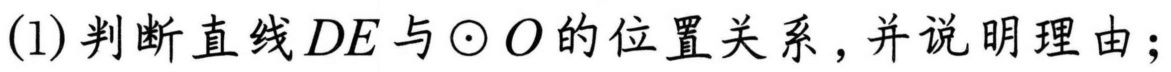
(1)判断直线$DE$与$\odot O$的位置关系,并说明理由;